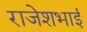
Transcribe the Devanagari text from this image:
राजेशभाई